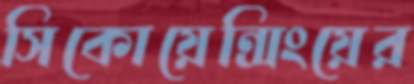
সিকোয়েন্সিংয়ের